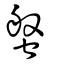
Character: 螌